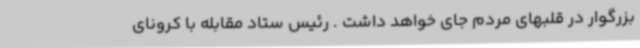
بزرگوار در قلبهای مردم جای خواهد داشت . رئیس ستاد مقابله با کرونای